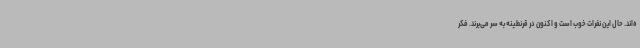
ه‌اند. حال این نفرات خوب است و اکنون در قرنطینه به سر می‌برند. فکر